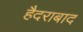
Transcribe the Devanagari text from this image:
हैैदराबाद